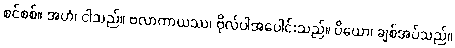
စင်စစ်။ အဟံ၊ ငါသည်။ ဗလာကာယဿ၊ ဗိုလ်ပါအပေါင်းသည်။ ပိယော၊ ချစ်အပ်သည်။